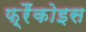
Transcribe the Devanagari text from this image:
फ़्रैंकोइस